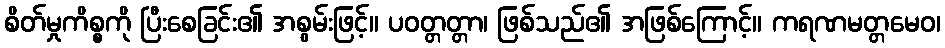
စိတ်မှုကိစ္စကို ပြီးစေခြင်း၏ အစွမ်းဖြင့်။ ပဝတ္တတ္တာ၊ ဖြစ်သည်၏ အဖြစ်ကြောင့်။ ကရဏမတ္တမေဝ၊